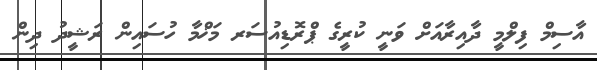
އާސިމް ފިލްމީ ދާއިރާއަށް ވަނީ ކުރީގެ ޕްރޮޑިއުސަރ މަޚްމާ ހުސައިން ރަޝީދު ދިން